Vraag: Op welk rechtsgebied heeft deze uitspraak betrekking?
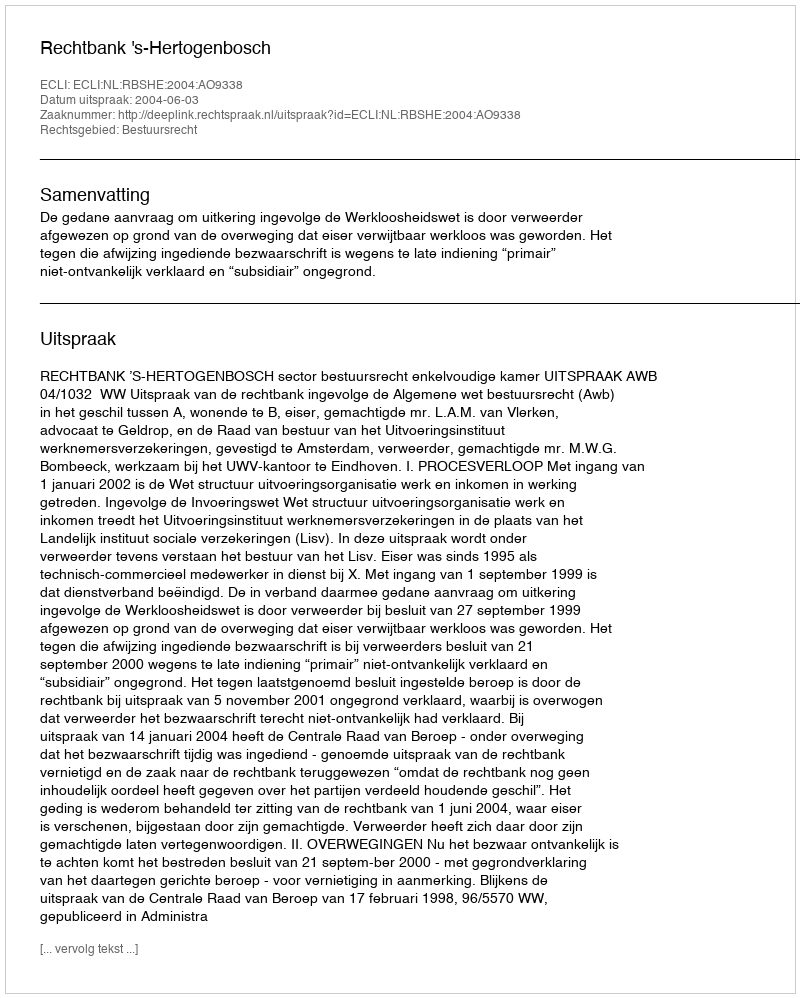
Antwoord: Bestuursrecht